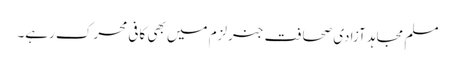
مسلم مجاہد آزادی صحافت جنرلزم میں بھی کافی محرک رہے۔